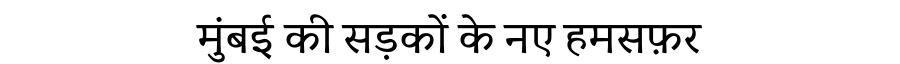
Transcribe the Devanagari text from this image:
मुंबई की सड़कों के नए हमसफ़र